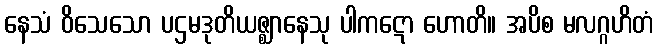
နေသံ ဝိသေသော ပဌမဒုတိယဇ္ဈာနေသု ပါကဋော ဟောတိ။ အပိစ မလဂ္ဂဟိတံ